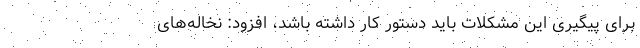
برای پیگیری این مشکلات باید دستور کار داشته باشد، افزود: نخاله‌های